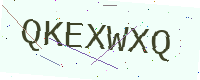
Text: QKEXWXQ